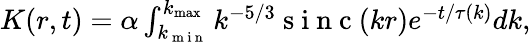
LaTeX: \begin{array}{r}{K(r,t)=\alpha\int_{k_{\mathrm{~m~i~n~}}}^{k_{\operatorname*{max}}}k^{-5/3}\mathrm{~s~i~n~c~}(kr)e^{-t/\tau(k)}dk,}\end{array}